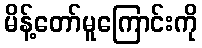
မိန့်တော်မူကြောင်းကို